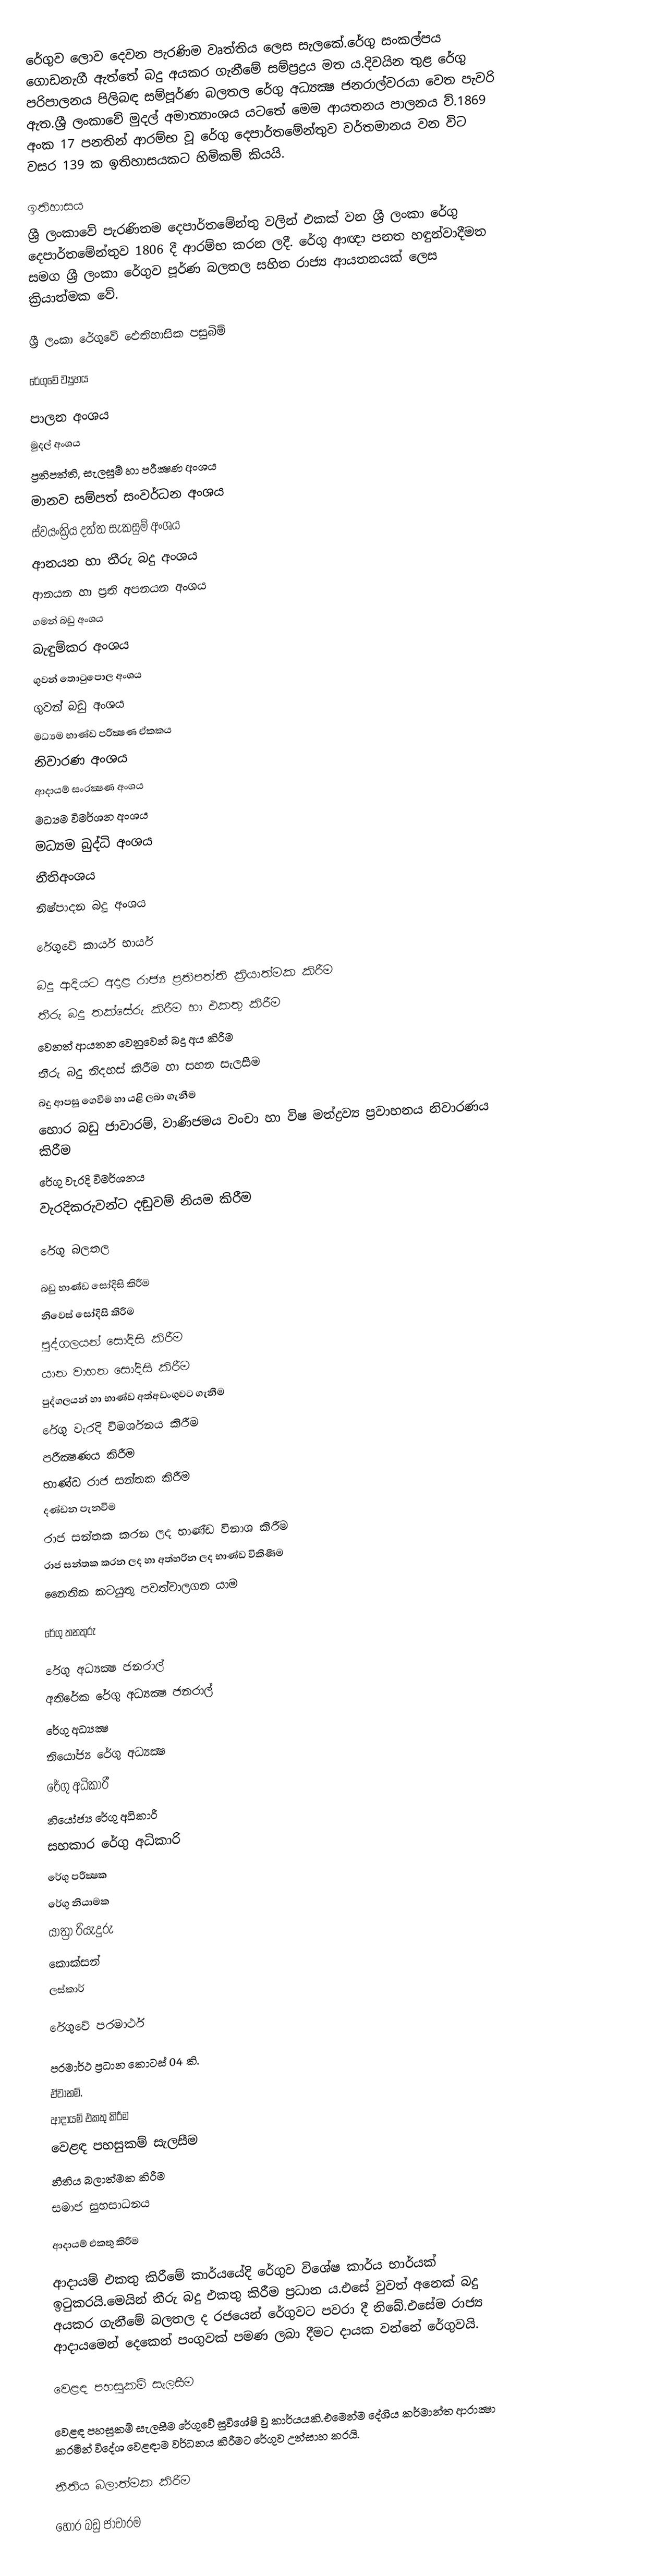
රේගුව ලොව දෙවන පැරණිම වෘත්තිය ලෙස සැලකේ.රේගු සංකල්පය ගොඩනැගී ඇත්තේ බදු අයකර ගැනීමේ සම්ප්‍රද්‍රය මත ය.දිවයින තුළ රේගු පරිපාලනය පිලිබඳ සම්පූර්ණ බලතල රේගු අධ්‍යක්‍ෂ ජනරාල්වරයා වෙත පැවරි ඇත.ශ්‍රී ලංකාවේ මුදල් අමාත්‍යාංශය යටතේ මෙම ආයතනය පාලනය ව්.1869 අංක 17 පනතින් ආරම්භ වූ රේගු දෙපාර්තමේන්තුව වර්තමානය වන විට වසර 139 ක ඉතිහාසයකට හිමිකම් කියයි.

ඉතිහාසය
ශ්‍රී ලංකාවේ පැරණිතම දෙපාර්තමේන්තු වලින් එකක් වන ශ්‍රී ලංකා රේගු දෙපාර්තමේන්තුව 1806 දී ආරම්භ කරන ලදී. රේගු ආඥා පනත හඳුන්වාදීමත සමග ශ්‍රී ලංකා රේගුව පූර්ණ බලතල සහිත රාජ්‍ය ආයතනයක් ලෙස ක්‍රියාත්මක වේ.

ශ්‍රී ලංකා රේගුවේ ඵෙතිහාසික පසුබිම්

රේගුවේ ව්‍යුහය

පාලන අංශය
මුදල් අංශය
ප්‍රතිපත්ති, සැලසුම් හා පරීක්‍ෂණ අංශය
මානව සම්පත් සංවර්ධන අංශය
ස්වයංක්‍රිය දත්ත සැකසුම් අංශය
ආනයන හා තීරු බදු අංශය
ආනයන හා ප්‍රති අපනයන අංශය
ගමන් බඩු අංශය
බැඳුම්කර අංශය
ගුවන් තොටුපොල අංශය
ගුවන් බඩු අංශය
මධ්‍යම භාණ්ඩ පරීක්‍ෂණ ඒකකය
නිවාරණ අංශය
ආදායම් සංරක්‍ෂණ අංශය
මධ්‍යම විමර්ශන අංශය
මධ්‍යම බුද්ධි අංශය
නීතිඅංශය
නිෂ්පාදන බදු අංශය

රේගුවේ කාර්ය භාර්ය

බදු ආදියට අදාළ රාජ්‍ය ප්‍රතිපත්ති ක්‍රියාත්මක කිරීම
තීරු බදු තක්සේරු කිරීම හා එකතු කිරීම
වෙනත් ආයතන වෙනුවෙන් බදු අය කිරීම
තීරු බදු නිදහස් කිරීම හා සහන සැලසීම
බදු ආපසු ගෙවීම හා යළි ලබා ගැනීම
හොර බඩු ජාවාරම්, වාණිජමය වංචා හා විෂ මත්ද්‍රව්‍ය ප්‍රවාහනය නිවාරණය කිරීම
රේගු වැරදි විමර්ශනය
වැරදිකරුවන්ට දඬුවම් නියම කිරීම

රේගු බලතල

බඩු භාණ්ඩ සෝදිසි කිරීම
නිවෙස් සෝදිසි කිරීම
පුද්ගලයන් සෝදිසි කිරීම
යාන වාහන සෝදිසි කිරීම
පුද්ගලයන් හා භාණ්ඩ අත්අඩංගුවට ගැනීම
රේගු වැරදි විමර්ශනය කිරීම
පරීක්‍ෂණය කිරීම
භාණ්ඩ රාජ සන්තක කිරීම
දණ්ඩන පැනවීම
රාජ සන්තක කරන ලද භාණ්ඩ විනාශ කිරීම
රාජ සන්තක කරන ලද හා අත්හරින ලද භාණ්ඩ විකිණීම
නෛතික කටයුතු පවත්වාලගන යාම

රේගු තනතුරු

රේගු අධ්‍යක්‍ෂ ජනරාල්
අතිරේක රේගු අධ්‍යක්‍ෂ ජනරාල්
රේගු අධ්‍යක්‍ෂ
නියෝජ්‍ය රේගු අධ්‍යක්‍ෂ
රේගු අධිකාරී
නියෝජ්‍ය රේගු අධිකාරී
සහකාර රේගු අධිකාරි
රේගු පරීක්‍ෂක
රේගු නියාමක
යාත්‍රා රියැදුරු
කොක්සන්
ලස්කාර්

රේගුවේ පරමාර්ථ

පරමාර්ථ ප්‍රධාන කොටස් 04 කි.
ඒවානම්,
ආදායම් එකතු කිරීම
වෙළඳ පහසුකම් සැලසීම
නීතිය බලාත්මක කිරීම
සමාජ සුභසාධනය

ආදායම් එකතු කිරීම

ආදායම් එකතු කිරීමේ කාර්යයේදි රේගුව විශේෂ කාර්ය භාර්යක් ඉටුකරයි.‍මෙයින් තීරු බදු එකතු කිරීම ප්‍රධාන ය.එසේ වුවත් අනෙක් බදු අයකර ගැනීමේ බලතල ද රජයෙන් රේගුවට පවරා දී තිබේ.එසේම රාජ්‍ය ආදායමෙන් දෙකෙන් පංගුවක් පමණ ලබා දීමට  දායක වන්නේ රේගුවයි.

වෙළඳ පහසුකම් සැලසීම

වෙළඳ පහසුකම් සැලසීම රේගුවේ සුවිශේෂි වු කාර්යයකි.එමෙන්ම දේශිය කර්මාන්ත ආරාක්‍ෂා කරමින් විදේශ වෙළඳාම වර්ධනය කිරීමට රේගුව උත්සාහ කරයි.

නීතිය බලාත්මක කිරීම

හොර බඩු ජාවාරම